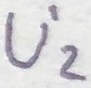
Text: U'2